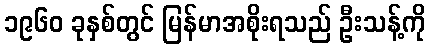
၁၉၆၀ ခုနှစ်တွင် မြန်မာအစိုးရသည် ဦးသန့်ကို